Leaving Certificate Examination, 1918
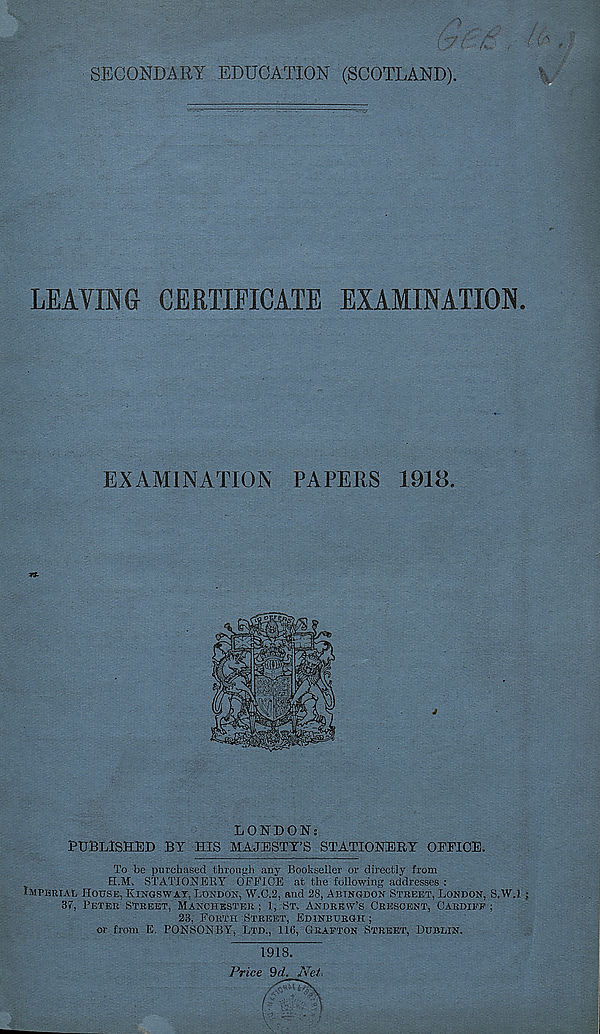
/n>
SECONDARY EDUCATION (SCOTLAND).
LEAVING CERTIFICATE EXAMINATION.
EXAMINATION PAPERS 1918.
n-
LONDON;
PUBLISHED BY HIS MAJESTY’S STATIONERY OEPIOE.
To be purchased through any Bookseller or directly from
ELM. STATIONERY OFFICE at the following addresses :
IMPERIAL HOUSE, KINGSWAT, LONDON, W.C.2, and 28, ABINGDON STREET, LONDON, S.W.l ;
37, PETER STREET, MANCHESTER ; 1, ST. ANDREW’S CRESCENT, CARDIFF ;
23, FORTH STREET, EDINBURGH ;
or from B. PONSONBY, LTD., 116, GRAFTON STREET, DUBLIN.
1918.
Price 9d. Net*